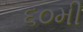
૬૦મી